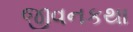
જીવનકથા